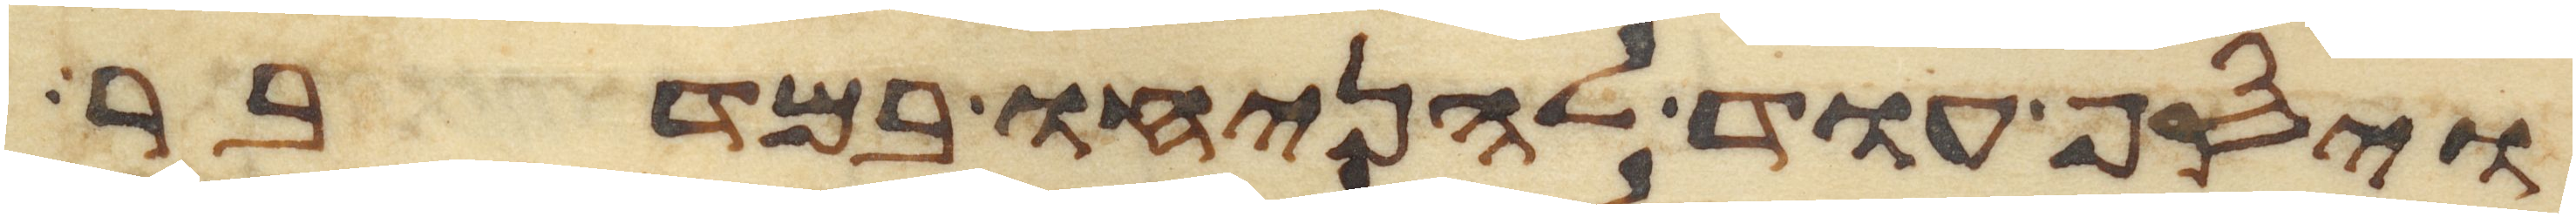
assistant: ויסף עוד להניחו במדבר